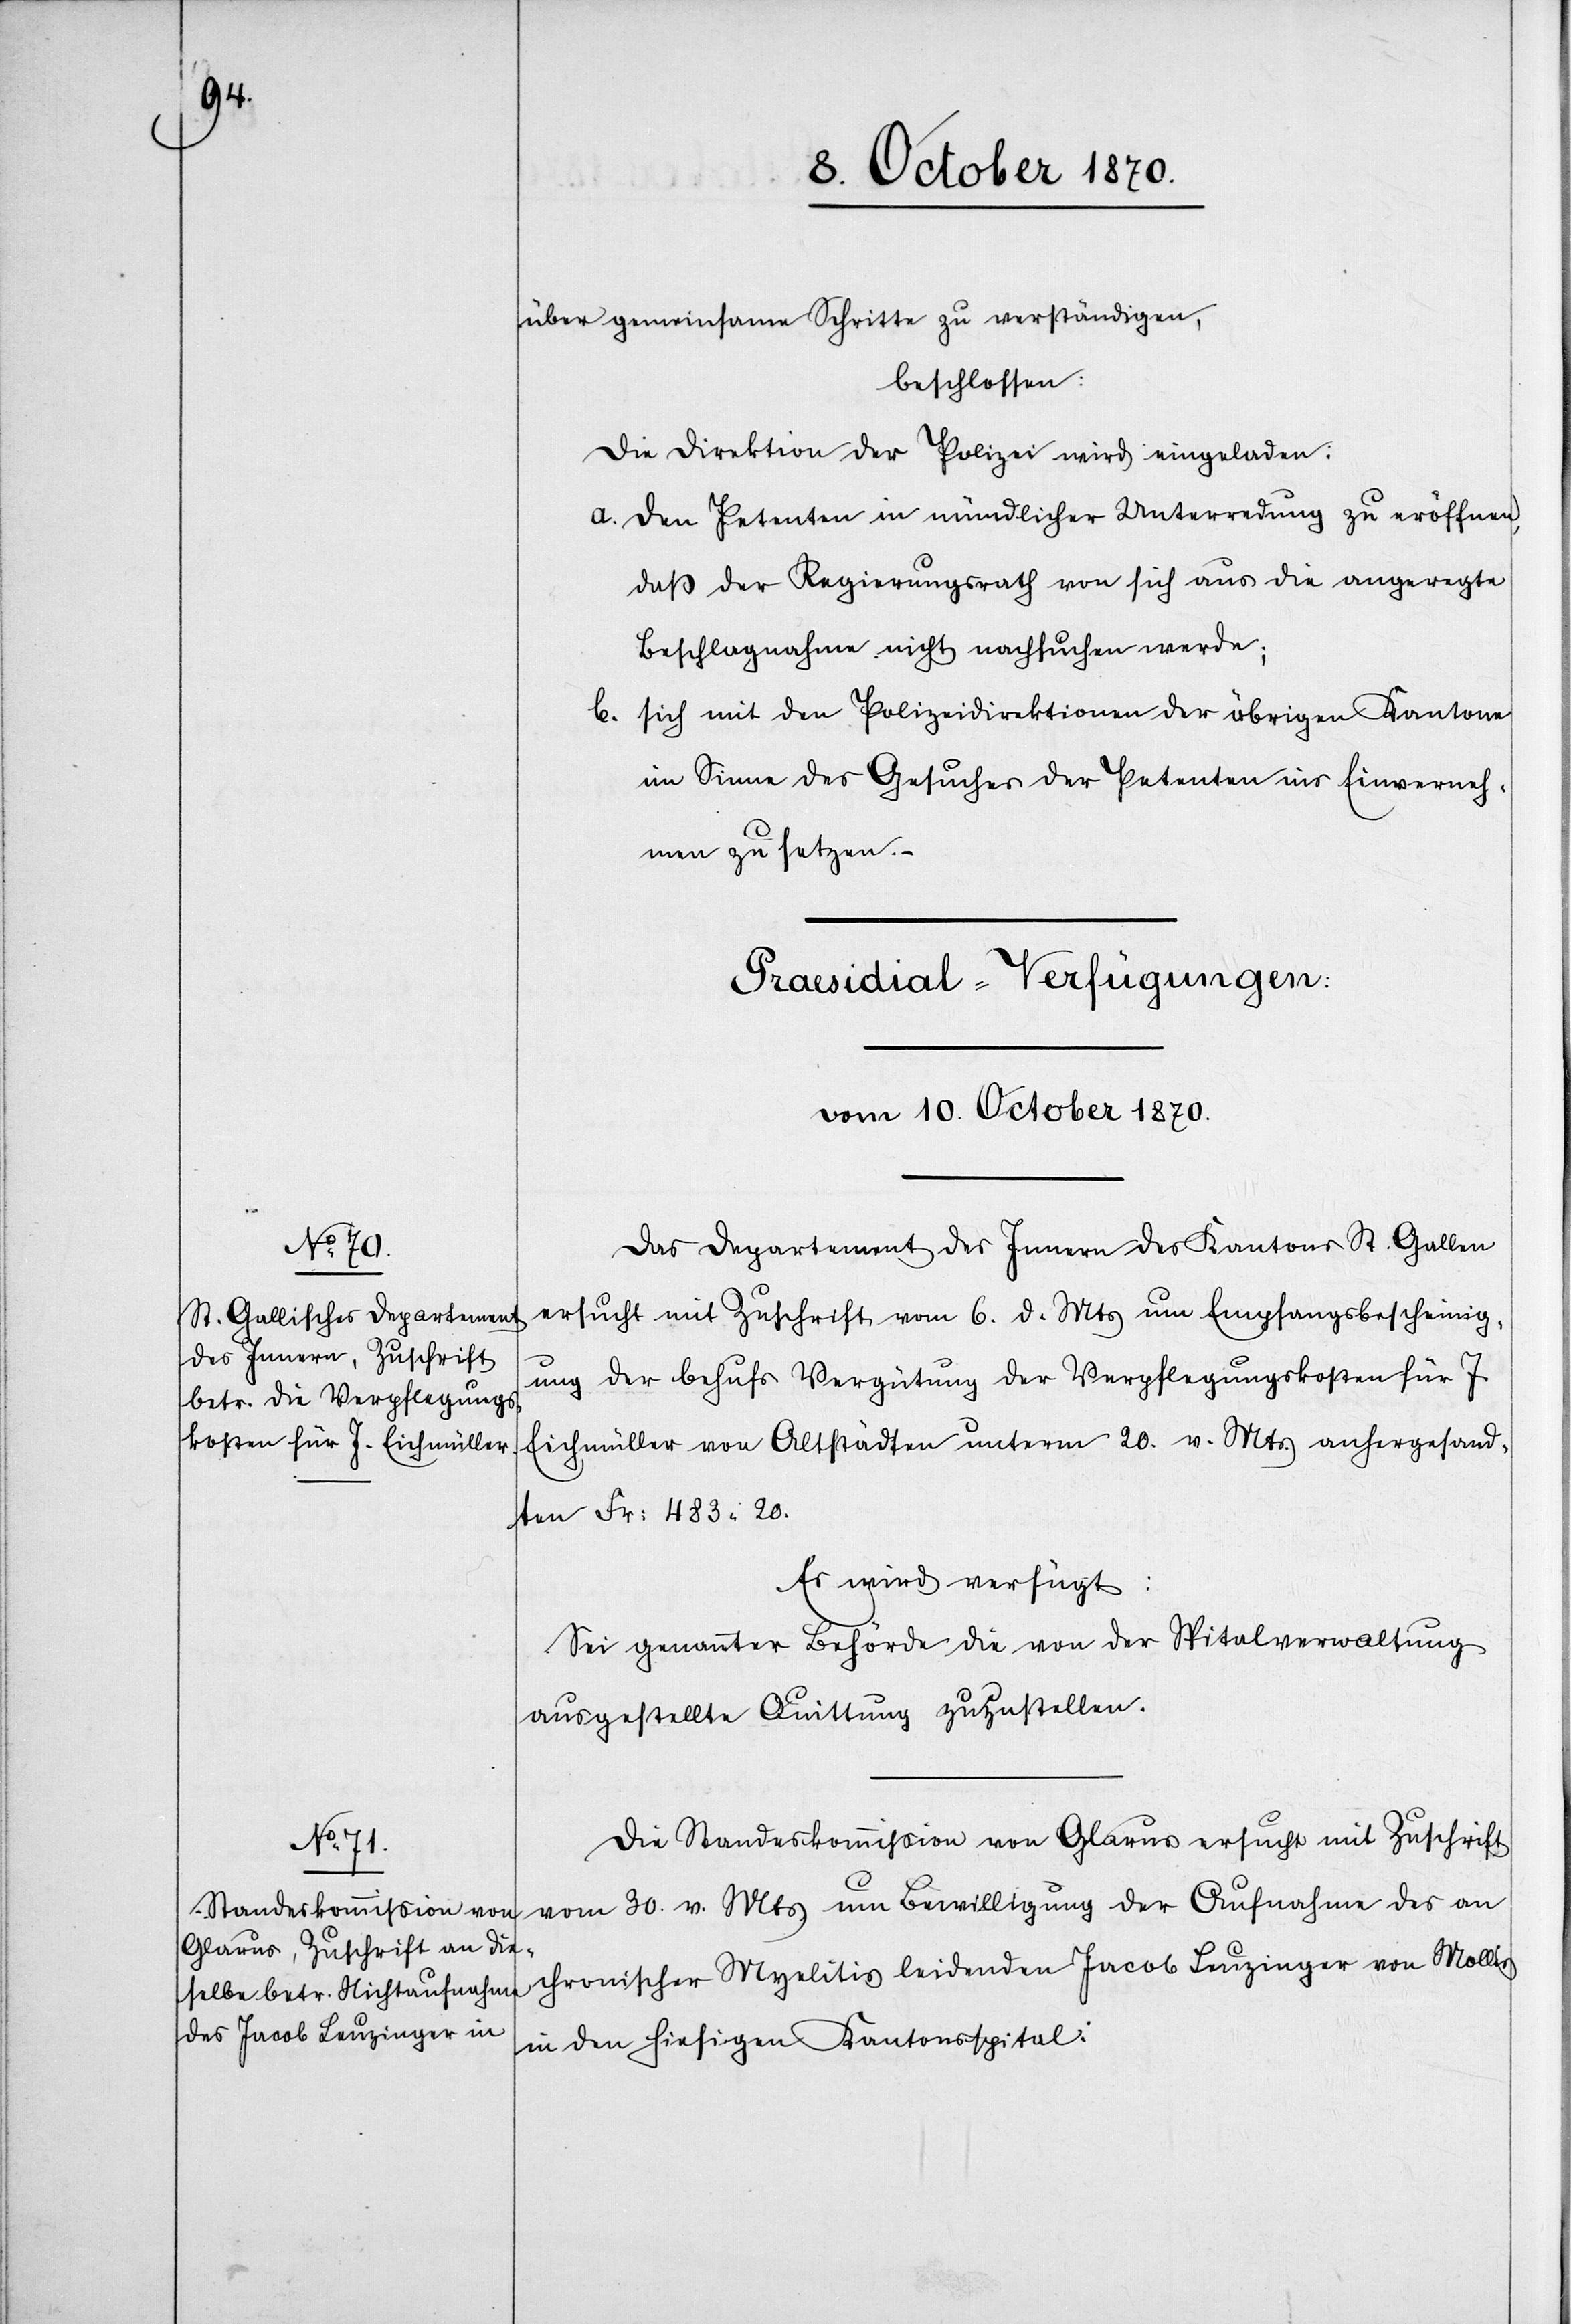
über gemeinsame Schritte zu verständigen,
beschlossen:
Die Direktion der Polizei wird eingeladen:
a. Den Petenten in mündlicher Unterredung zu eröffnen,
daß der Regierungsrath von sich aus die angeregte
Beschlagnahme nicht nachsuchen werde;
b. Sich mit den Polizeidirektionen der übrigen Kantone
im Sinne des Gesuches der Petenten ins Einverneh¬
men zu setzen.
[Praesidial-Verfügungen:
vom 10. October 1870.]
Das Departement des Innern des Kantons St. Gallen
ersucht mit Zuschrift vom 6. d. Mts. um Emfangsbescheinig¬
ung der behufs Vergütung der Verpflegungskosten für J.
Eichmüller von Altstädten unterm 20. v. Mts. anhergesand¬
ten Fr: 483.20.
Es wird verfügt:
Sei genannter Behörde die von der Spitalverwaltung
ausgestellte Quittung zuzustellen.
Die Standeskommißion von Glarus ersucht mit Zuschrift
vom 30. v. Mts. um Bewilligung der Aufnahme des an
chronischer Myelitis leidenden Jacob Leuzinger von Mollis
in den hiesigen Kantonsspital: